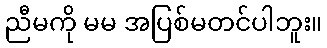
ညီမကို မမ အပြစ်မတင်ပါဘူး။